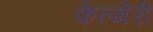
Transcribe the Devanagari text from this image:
केल्गेरी